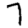
Digit: 7